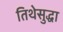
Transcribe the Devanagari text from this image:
तिथेसुद्धा